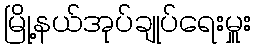
မြို့နယ်အုပ်ချုပ်ရေးမှူး